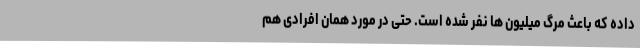
داده که باعث مرگ میلیون ها نفر شده است. حتی در مورد همان افرادی هم